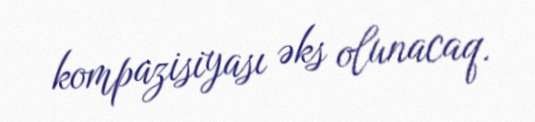
kompazisiyası əks olunacaq.